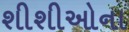
શીશીઓના